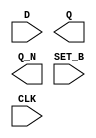
/**
 * Copyright 2020 The SkyWater PDK Authors
 *
 * Licensed under the Apache License, Version 2.0 (the "License");
 * you may not use this file except in compliance with the License.
 * You may obtain a copy of the License at
 *
 *     https://www.apache.org/licenses/LICENSE-2.0
 *
 * Unless required by applicable law or agreed to in writing, software
 * distributed under the License is distributed on an "AS IS" BASIS,
 * WITHOUT WARRANTIES OR CONDITIONS OF ANY KIND, either express or implied.
 * See the License for the specific language governing permissions and
 * limitations under the License.
 *
 * SPDX-License-Identifier: Apache-2.0
 */

`ifndef SKY130_FD_SC_LS__DFSBP_SYMBOL_V
`define SKY130_FD_SC_LS__DFSBP_SYMBOL_V

/**
 * dfsbp: Delay flop, inverted set, complementary outputs.
 *
 * Verilog stub (without power pins) for graphical symbol definition
 * generation.
 *
 * WARNING: This file is autogenerated, do not modify directly!
 */

`timescale 1ns / 1ps
`default_nettype none

(* blackbox *)
module sky130_fd_sc_ls__dfsbp (
    //# {{data|Data Signals}}
    input  D    ,
    output Q    ,
    output Q_N  ,

    //# {{control|Control Signals}}
    input  SET_B,

    //# {{clocks|Clocking}}
    input  CLK
);

    // Voltage supply signals
    supply1 VPWR;
    supply0 VGND;
    supply1 VPB ;
    supply0 VNB ;

endmodule

`default_nettype wire
`endif  // SKY130_FD_SC_LS__DFSBP_SYMBOL_V